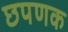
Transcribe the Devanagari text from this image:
छपणक